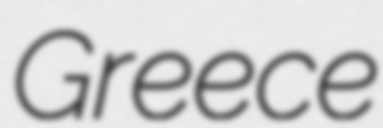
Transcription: Greece